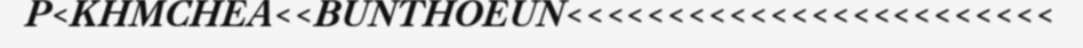
P<KHMCHEA<<BUNTHOEUN<<<<<<<<<<<<<<<<<<<<<<<<